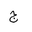
Letter: _gim